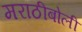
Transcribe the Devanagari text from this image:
मराठीबोली